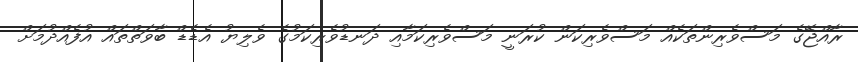
ރާއްޖޭގެ މަސްވެރިންތަކެއް މަސްވެރިކަން ކުރަނީ މަސްވެރިކަމާއި ދަނޑުވެރިކަމުގެ ވެލިޔު އެޑެޑް ބާވަތްތައް އުފެއްދުމަށް